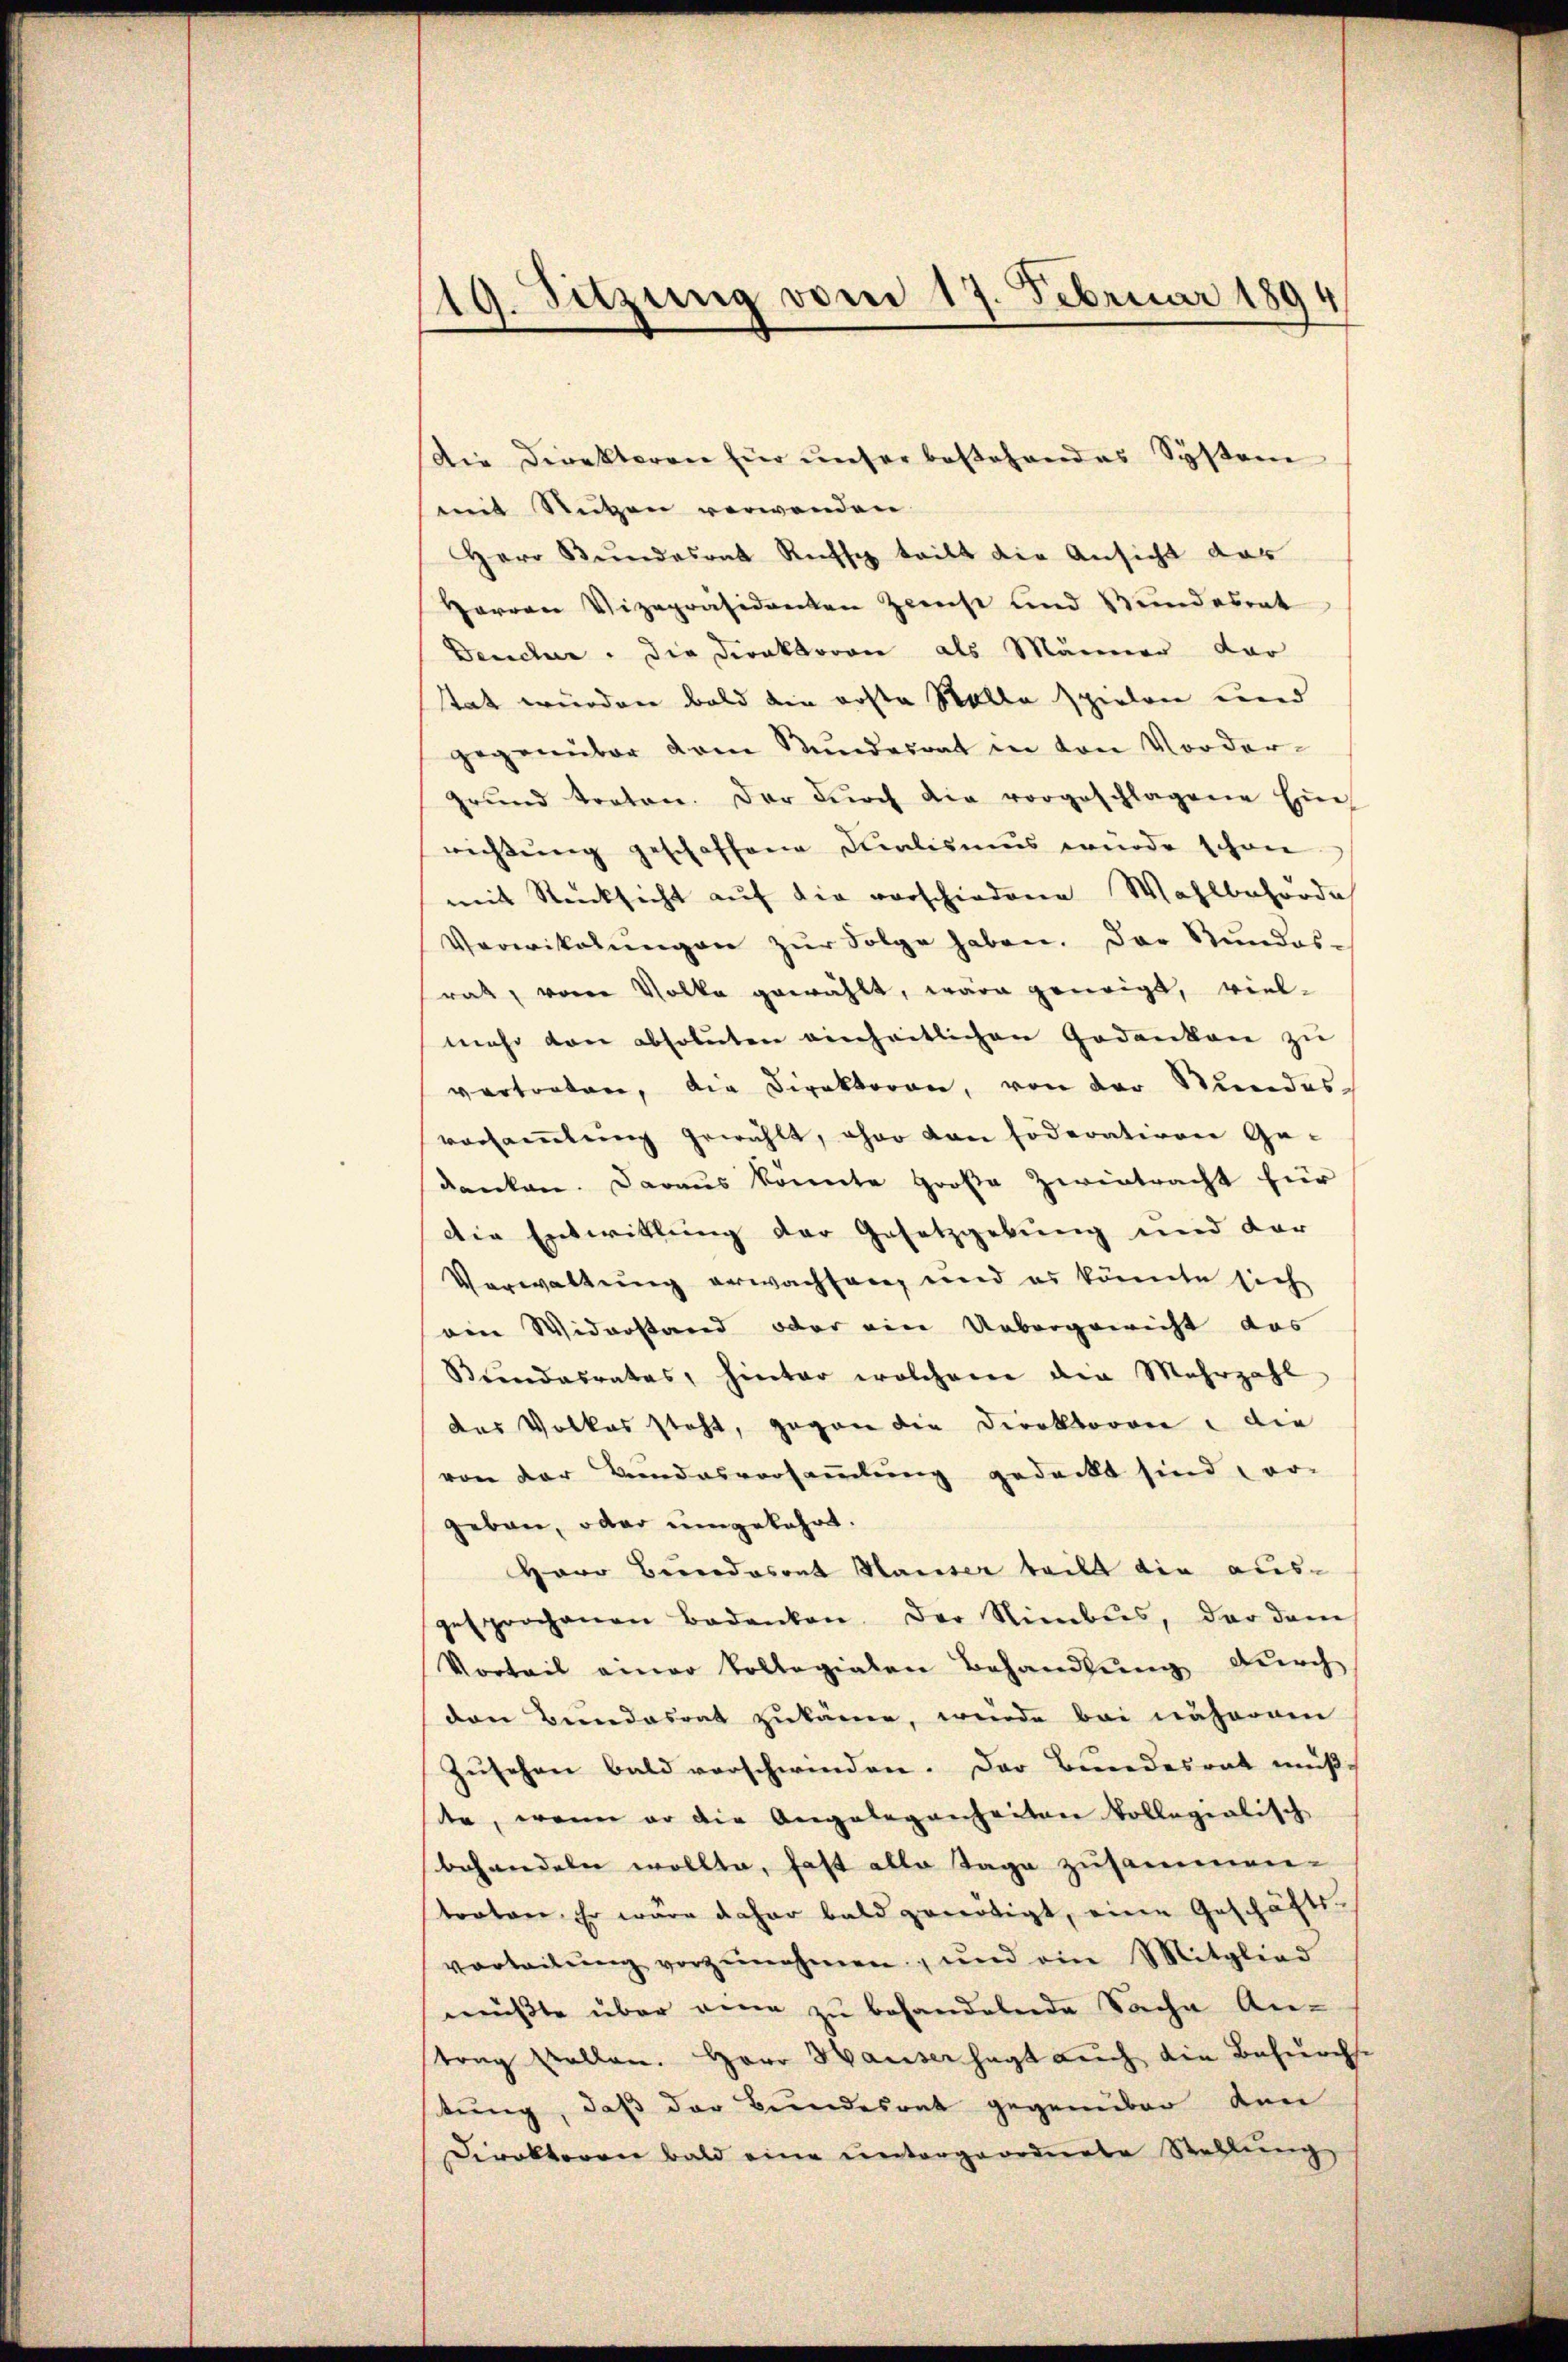
119. Sitzung vom 17. Februar 1894

Die Direktoren für unser bestehendes System
mit Nutzen verwenden.
Herr Bundesrat Rechse teilt die Ansicht das
Harren Vizepräsidenten Zinst und Stundesrat
Deuche. Die Direktoren als Männer dar
tat würden bald die erste Rolle spielen und
gegenüber dem Bundesrat in von Vorder-
grŭnd treten. Der dŭrch die vorgeschlagene Ein
wichtŭng geschaffene Qualismus würde schon
mit Rücksicht auf die vorschiedene Wahlbehörde
Vorwikalŭngen zŭr Folge haben. Der Stundesrat, von Volke gewählt, wäre geneigt, viel-
mehr von absoluten einheitlichen Gedanken zu
vertreten, die Direktoren, von der Stundesversammlung gewählt, ohne von foderativen Ge-
denken. Daraus könnte Große Zwietracht für
die Entwitlung der Gesetzgebung und dar
Verwaltung erwachsang und es könnte sich
ein Widerstand oder ein Uebergerricht das
Bŭndesrates, hinter welchem die Mehrzahl
das Volkes steht, gegen die Direktoren: die
von der Bundesversammlung gedeckt sind von
geben, oder umgekehrt.
Herr Bendasont Hauser teilt die aus-
gesprochenen Bedenken. Der Stimbus, der dam
Vorteil einer kollegialen Behandlung durch
den Bundesrat zukäme, wurde bei nähernen
Zusehen bald verschwinden. Der Bundesrat muß,
te, wenn er die Angelegenheiten kollegialisch
behandeln wollte, fast alle Tage zusammen-
traten. Er wäre daher bald gewertigt, eine Geschäfts-
vorteilŭng vorzŭnehmen, und ein Mitglied
müβte über eine zŭ behandelnde Sache An-
trag stellen. Herr Hausersagt auch die Behurchtung, daß der Bundesrat gegenüber den
Direktoren bald eine ŭntergeordnete Stellŭng